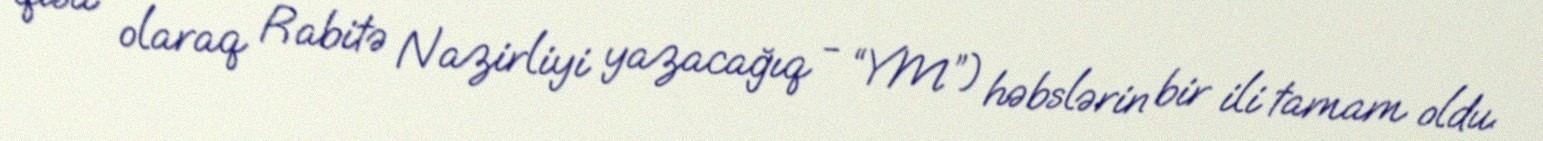
qısa olaraq Rabitə Nazirliyi yazacağıq - “YM”) həbslərin bir ili tamam oldu.